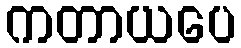
ကတာယပေ